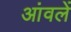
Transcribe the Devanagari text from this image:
आंवलें